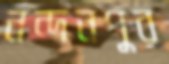
নন্দনপুর